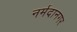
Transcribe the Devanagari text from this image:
नर्मदानगर